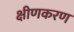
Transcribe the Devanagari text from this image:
क्षीणकरण